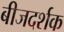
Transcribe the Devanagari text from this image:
बीजदर्शक